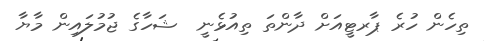
ތިހެން ހުރެ ޕާރޓީއަށް ދާންތަ ތިއުޅެނީ  ޝަހާގެ ޖުމުލައިން މާޔާ